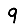
Digit: 9